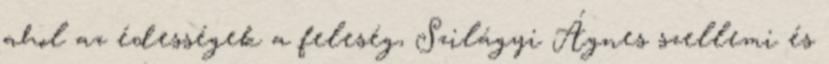
ahol az édességek a feleség, Szilágyi Ágnes szellemi és